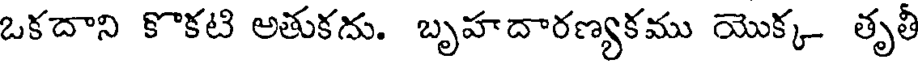
ఒకదాని కొకటి అతుకదు. బృహదారణ్యకము యొక్క తృతీ